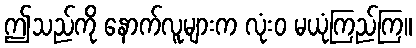
ဤသည်ကို နောက်လူများက လုံးဝ မယုံကြည်ကြ။